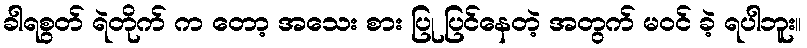
ခါရစွတ် ရဲတိုက် က တော့ အသေး စား ပြု ပြင်နေတဲ့ အတွက် မဝင် ခဲ့ ရပါဘူး။